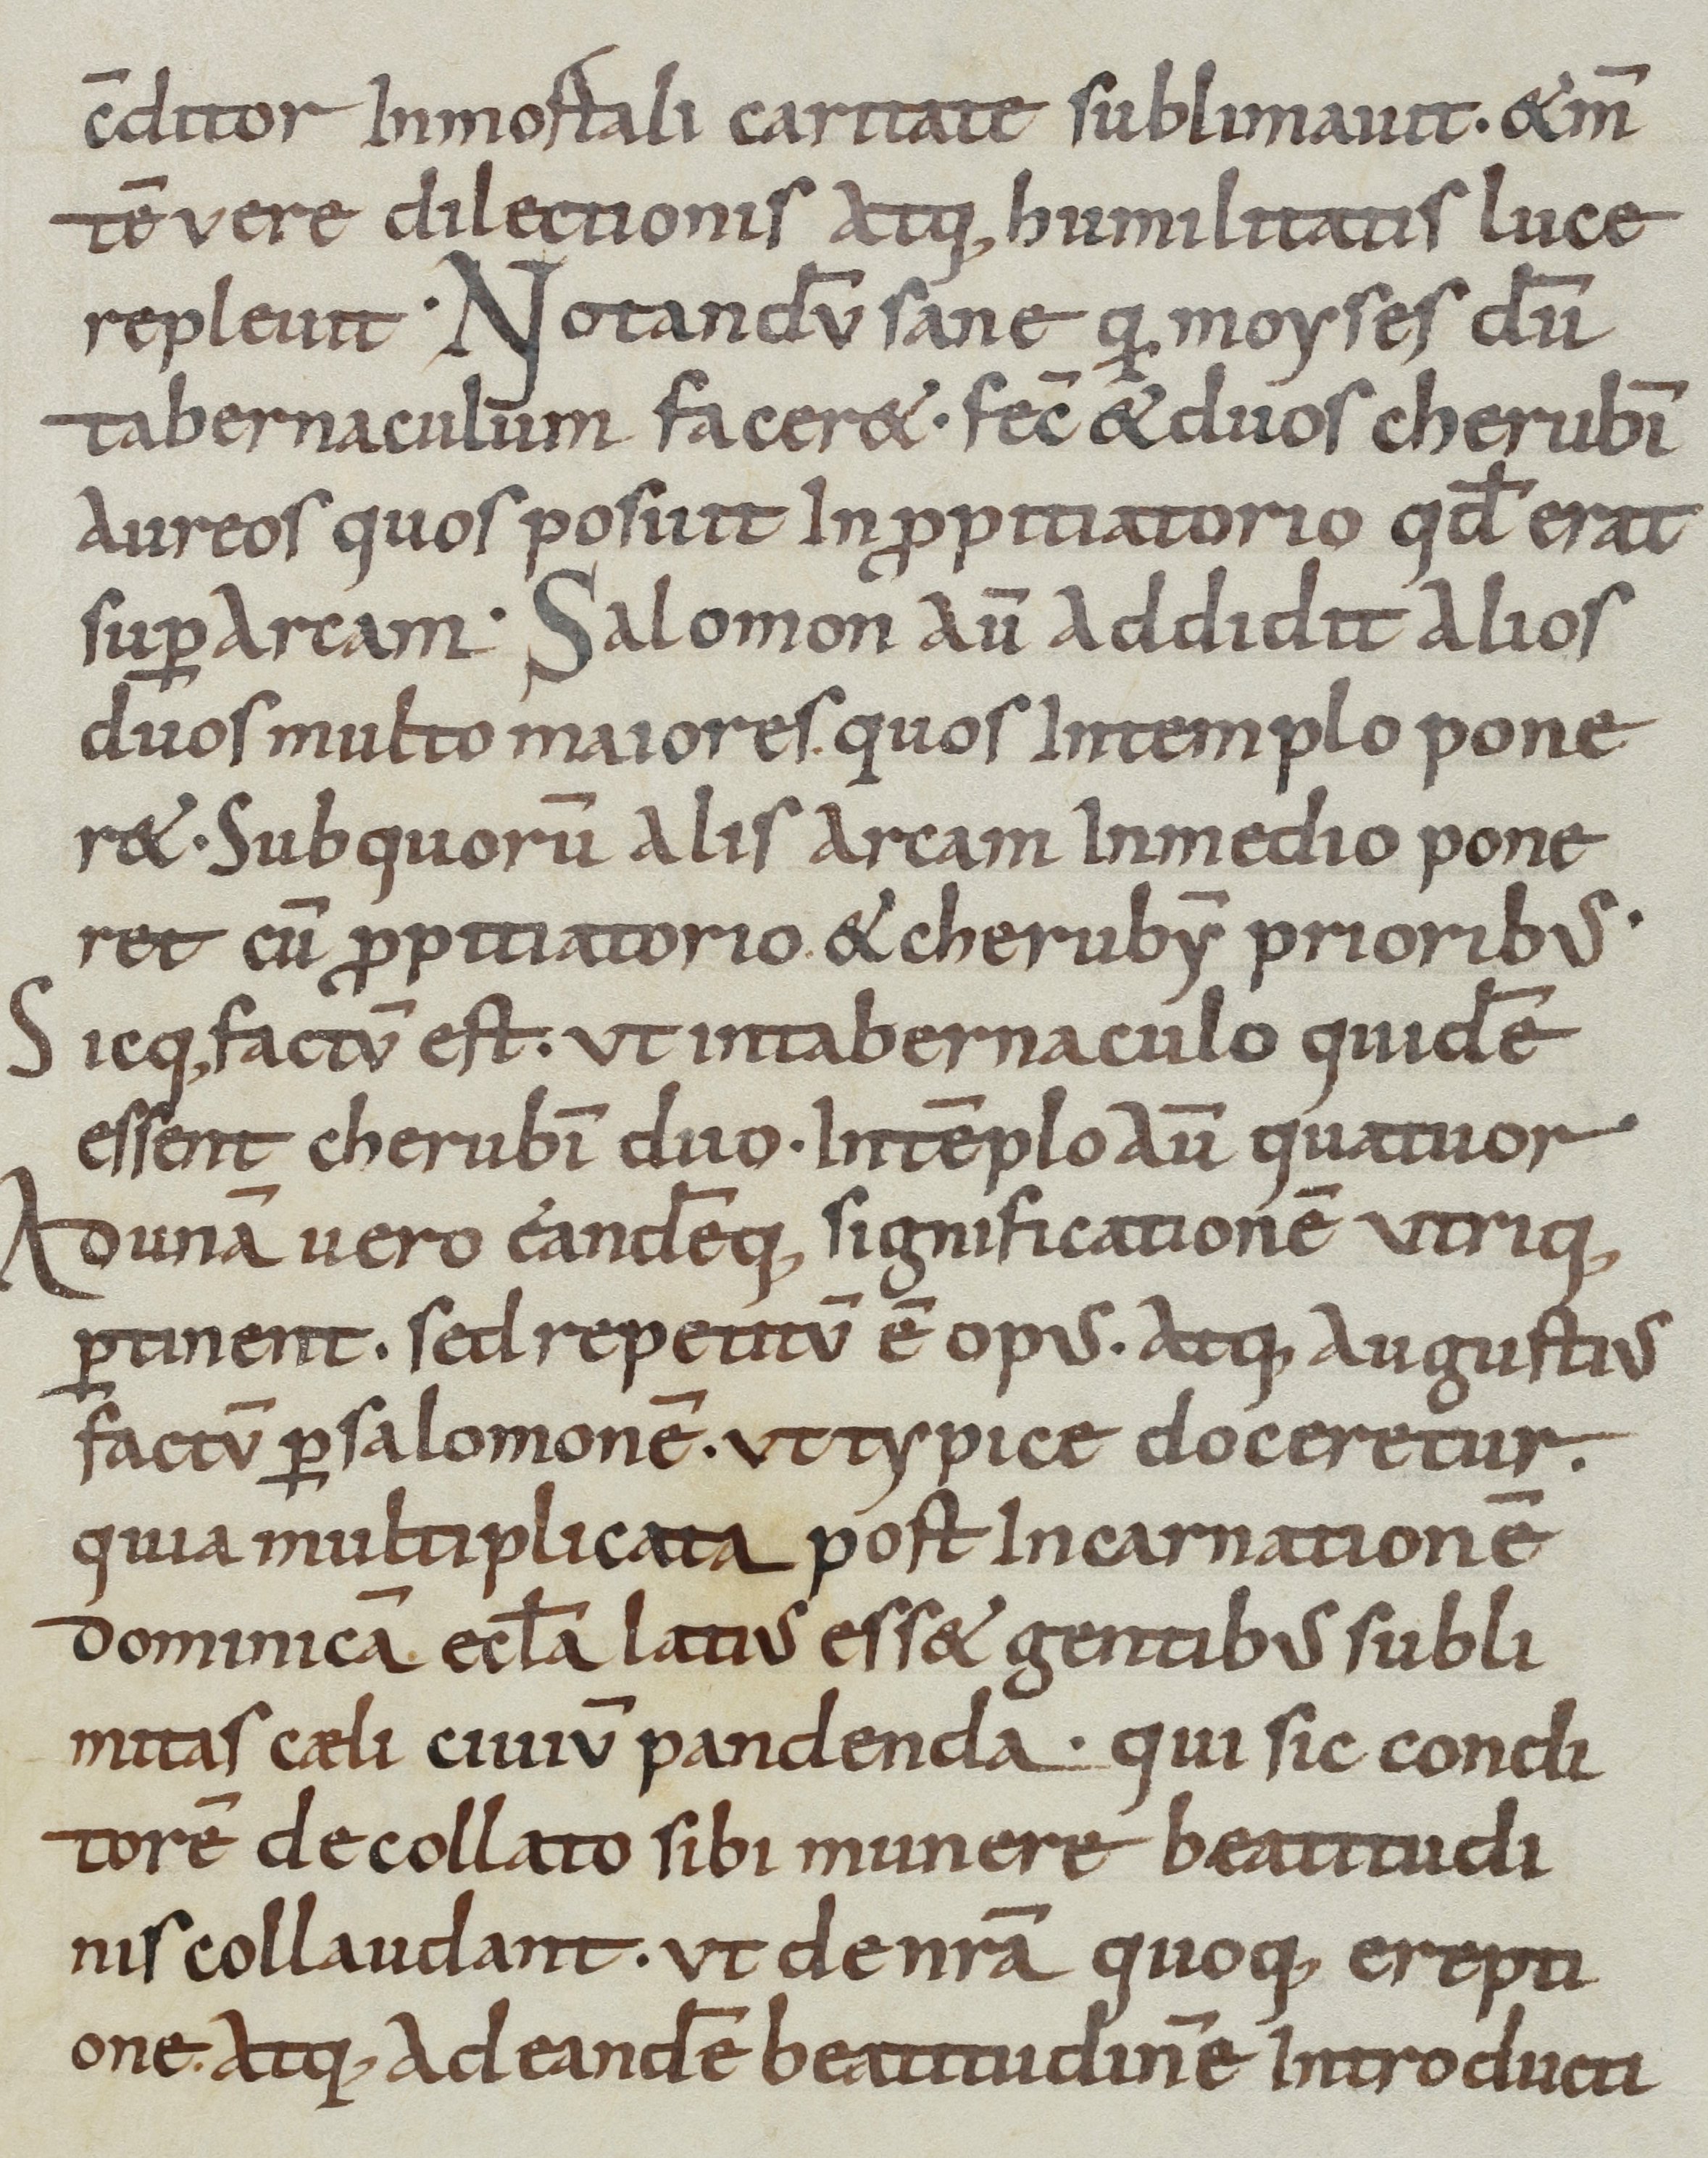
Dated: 800–899